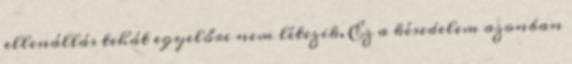
ellenállás tehát egyelőre nem létezik. Ez a késedelem azonban